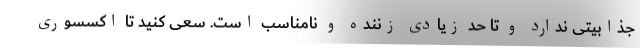
جذابیتی ندارد و تا حد زیادی زننده و نامناسب است. سعی کنید تا اکسسوری